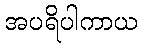
အပရိပါကာယ